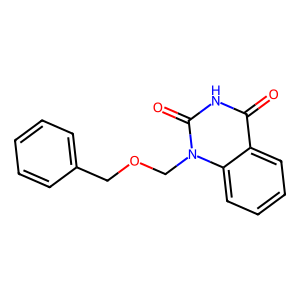
SMILES: O=c1[nH]c(=O)n(COCc2ccccc2)c2ccccc12
Inhibits HIV replication: No